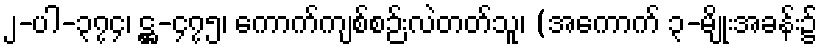
၂-ပါ-၃၇၄၊ ဋ္ဌ-၄၇၅၊ ကောက်ကျစ်စဉ်းလဲတတ်သူ၊ (အကောက် ၃-မျိုးအခန်း၌